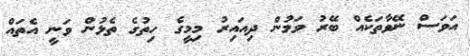
އަވަސް ނޭވާތަކެއް ބޭރު ވަމުން ދިއައިރު މިމީގެ ހިތުގެ ތެޅުން ވަނީ އެތައް